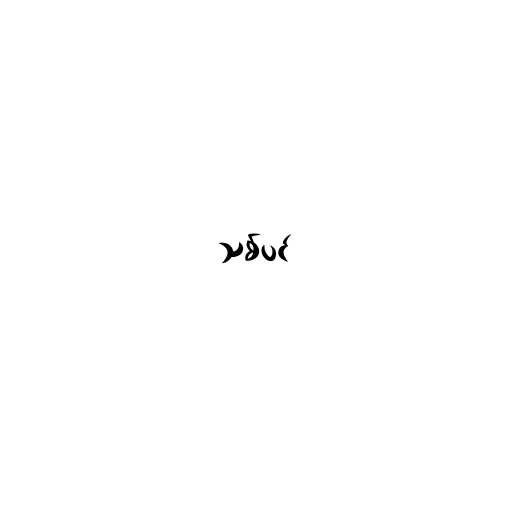
သစ်ပင်